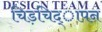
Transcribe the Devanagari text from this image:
चिड़चिद्ापन